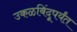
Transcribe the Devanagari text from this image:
उकळबिंदूपर्यंत